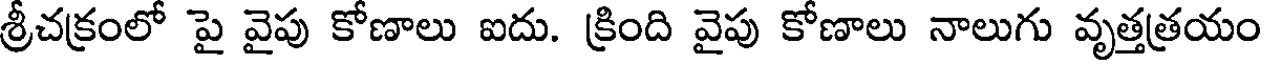
శ్రీచక్రంలో పై వైపు కోణాలు ఐదు. క్రింది వైపు కోణాలు నాలుగు వృత్తత్రయం